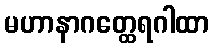
မဟာနာဂတ္ထေရဂါထာ